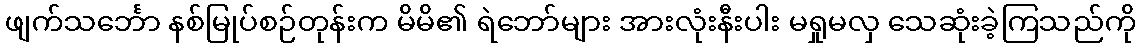
ဖျက်သင်္ဘော နစ်မြုပ်စဉ်တုန်းက မိမိ၏ ရဲဘော်များ အားလုံးနီးပါး မရှုမလှ သေဆုံးခဲ့ကြသည်ကို